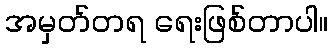
အမှတ်တရ ရေးဖြစ်တာပါ။